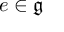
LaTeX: e \in { \mathfrak { g } }